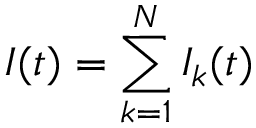
I ( t ) = \sum _ { k = 1 } ^ { N } I _ { k } ( t )